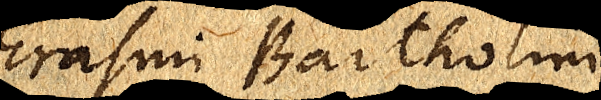
Erasmi Bartholini